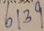
6 1 3 9